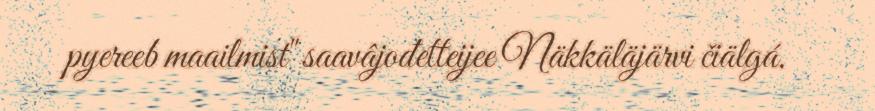
pyereeb maailmist" saavâjođetteijee Näkkäläjärvi čiälgá.